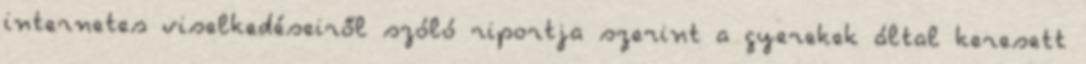
internetes viselkedéseiről szóló riportja szerint a gyerekek által keresett